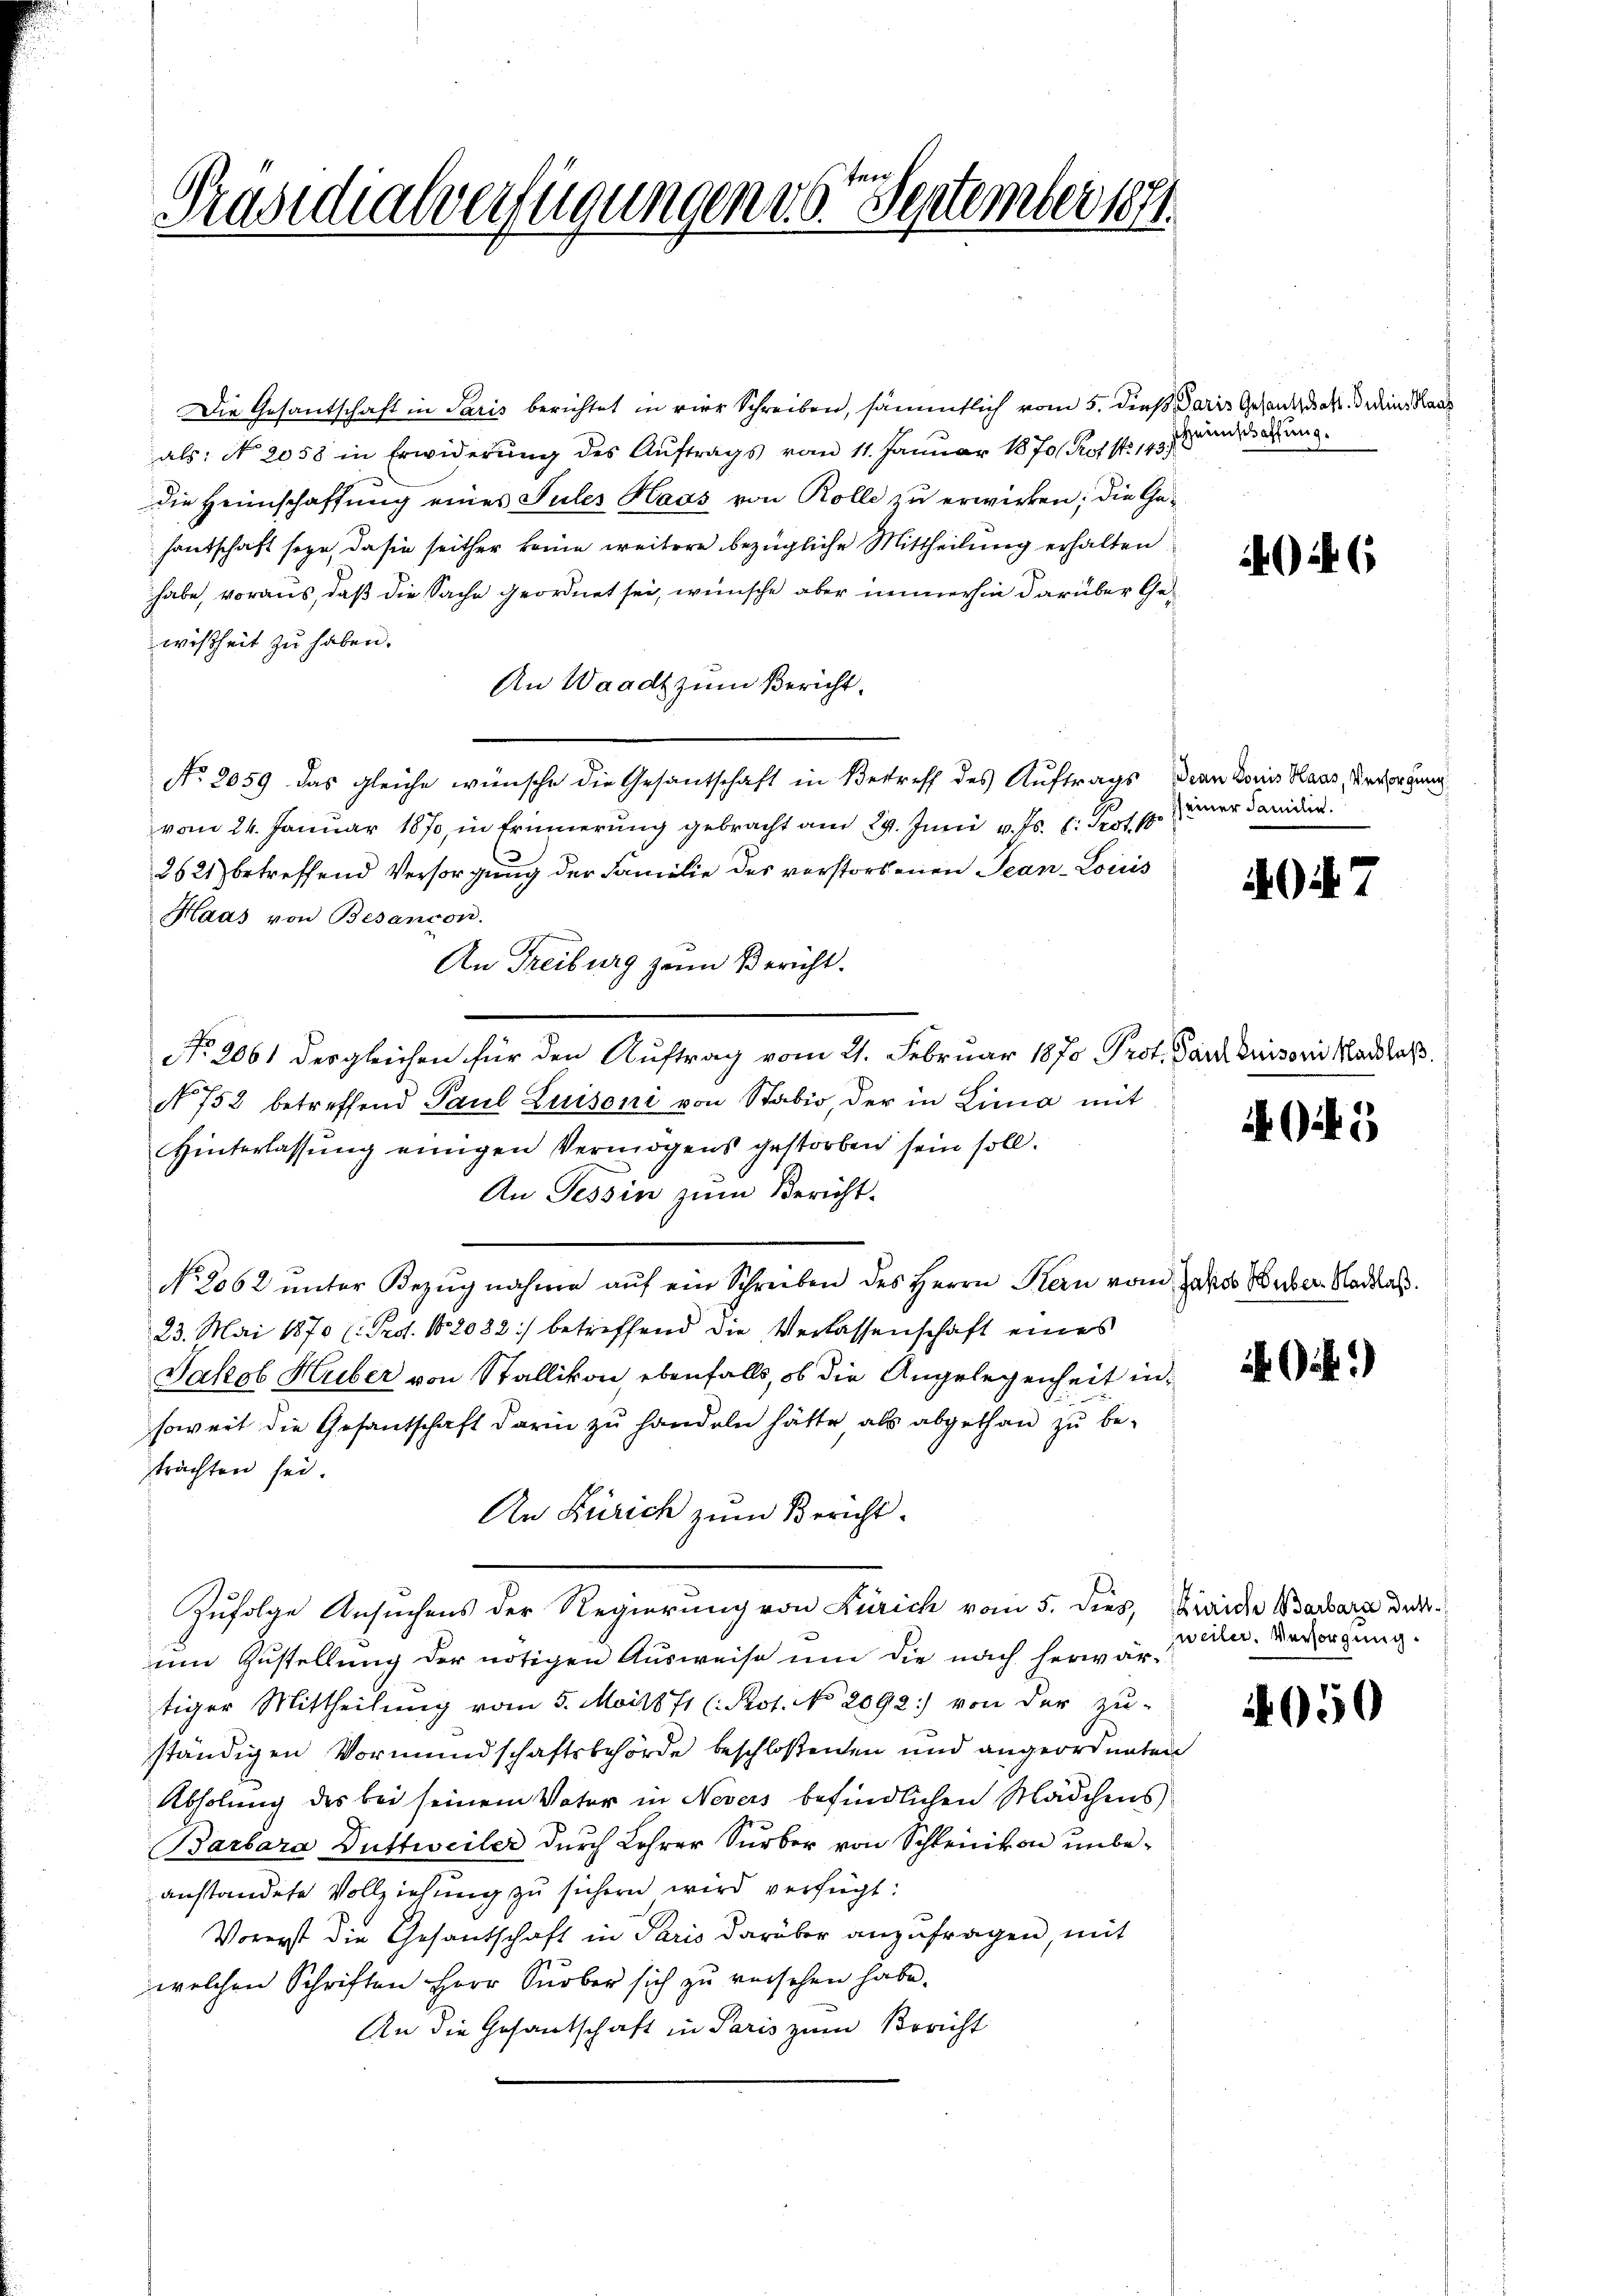
Präsidialverfügungen d. 6. September 1891.

Die Gesantschaft in Paris berichtet in vier Schreiben, sämmtlich vom 5. dieß Paris Gesandat Dein Kan
als: No 2058 in Erwiderŭng des Aŭftrags vom 11. Januar 1870/ Post 143 und da
die Heimschaffung eines Sules Haas von Rolle zu erwirken; die Gehantschaft seyn, da sie seither keine weitere bezügliche Mittheilung erhalten
habe, voraus, daß die Sache geordnet sei, wünsche aber immerhin darüber Gewißheit zu haben.
An Waadt zum Bericht.
No 2059 das gleiche wünsche die Gesantschaft in Betreff des Auftrags dan Doris Haus, Versorgung
vom 24. Januar 1870, in Erinnerung gebracht am 24. Juni v. Js. l. Prot. 18
2621) betreffend Versorgung der Familie des verstorbenen Jean-Louis
Haas von Besandon.
An Freiburg zum Bericht.
No. 2061 desgleichen für den Auftrag vom 21. Februar 1870 Prot. Parduisori Marlaß
No 752 betreffend Paul Luisoni von Staber, der in Linio mit
Hinterlassung einigen Vermögens gestorben sein soll.
An Tessin zum Bericht.
No 2062 ŭnter Bezŭgnahme aŭf ein Schreiben des Herrn Kern vom Jahres Huber Naddas.
23. Mai 1870 (: Ped. 102082) betreffend die Verlassenschaft eines
Jakob Huber von Stallikon ebenfalls, ob die Angelegenheit in
soweit die Gesantschaft darin zu handeln hätte, als abgethan zu betrachten sei.
An Zürich zum Bericht.
Zufolge Ansuchens der Regierung von Zürich vom 5. dies, Haide Barbara derum Zustellung der nötigen Ausweise um die nach herwärtiger Mittheilung vom 5. Mail 71 (Pot. No 2092) von der zu-
ständigen Vormundschaftsbehörde beschloßenen und angeordneten
Abholung des bei seinem Vater in Nevers befindlichen Mädchens
Barbara Duttweiler durch Lehrer Surber von Schle unbeanstandete Vollziehung zu sichern wird verfügt:
Vorerst die Gesantschaft in Paris darüber anzufragen, mit
welchen Schriften Herr Surber sich zu reischen habe.
An die Gesandschaft in Paris zum Bericht

416

einer Familie.

4047

4O25

)

zweiter. Versorgung

4050